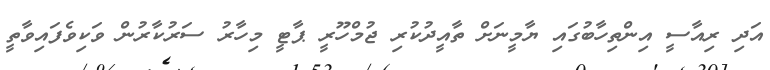
އަދި ރިއާސީ އިންތިހާބުގައި ޔާމީނަށް ތާއީދުކުރި ޖުމްހޫރީ ޕާޓީ މިހާރު ސަރުކާރުން ވަކިވެފައިވާތީ